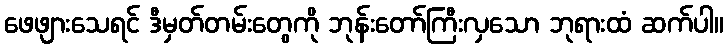
ဖေဖျားသေရင် ဒီမှတ်တမ်းတွေကို ဘုန်းတော်ကြီးလှသော ဘုရားထံ ဆက်ပါ။